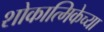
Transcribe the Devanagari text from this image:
शोकात्मिकेच्या